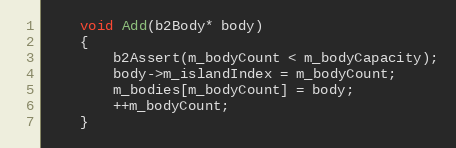
Language: C
	void Add(b2Body* body)
	{
		b2Assert(m_bodyCount < m_bodyCapacity);
		body->m_islandIndex = m_bodyCount;
		m_bodies[m_bodyCount] = body;
		++m_bodyCount;
	}